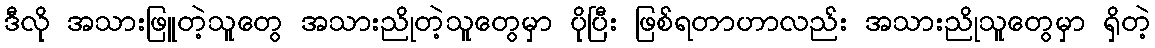
ဒီလို အသားဖြူတဲ့သူတွေ အသားညိုတဲ့သူတွေမှာ ပိုပြီး ဖြစ်ရတာဟာလည်း အသားညိုသူတွေမှာ ရှိတဲ့